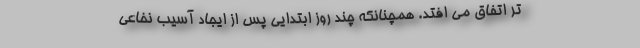
تر اتفاق می افتد. همچنانکه چند روز ابتدایی پس از ایجاد آسیب نخاعی